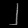
Digit: ၂